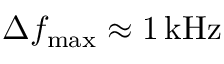
\Delta f _ { \mathrm { m a x } } \approx 1 \, \mathrm { k H z }